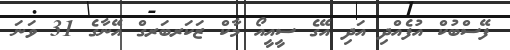
ފޭސްބުކް އުފެއްދި އަދި އޭގެ ސީއީއޯ މާކް ޒަކަރބަރގް އޭނާގެ 31 ވަނަ